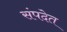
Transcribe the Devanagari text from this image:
संपदेत